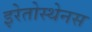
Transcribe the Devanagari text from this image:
इरेतोस्थेनस